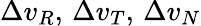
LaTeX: \Delta v_{R},\, \Delta v_{T},\, \Delta v_{N}